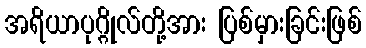
အရိယာပုဂ္ဂိုလ်တို့အား ပြစ်မှားခြင်းဖြစ်